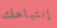
إنتباهك